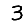
Digit: 3